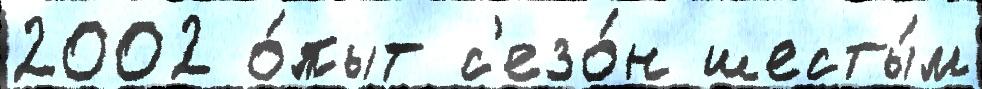
2002 о́пыт с'езо́н шесты́м